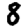
Digit: 8